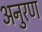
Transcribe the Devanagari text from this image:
अनुरण